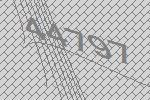
44797